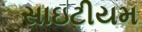
સાઇટીયમ